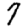
Digit: 7